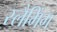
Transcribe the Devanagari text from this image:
स्लैमिंग